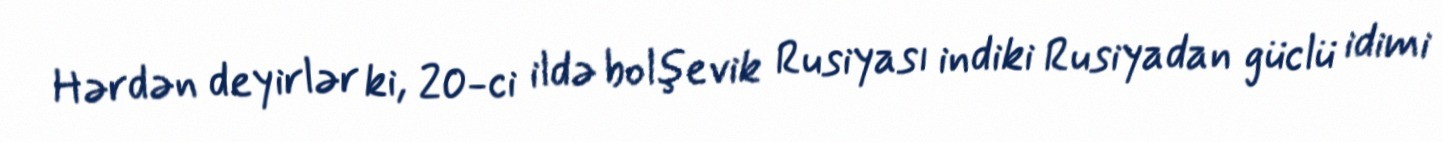
Hərdən deyirlər ki, 20-ci ildə bolşevik Rusiyası indiki Rusiyadan güclü idimi